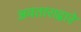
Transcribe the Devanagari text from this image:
अवताराद्वारे